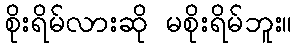
စိုးရိမ်လားဆို မစိုးရိမ်ဘူး။